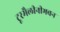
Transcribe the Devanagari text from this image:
टूरमैलीनीभवन